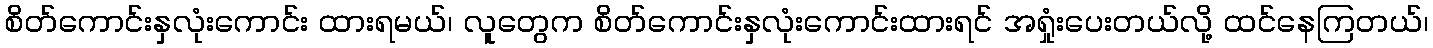
စိတ်ကောင်းနှလုံးကောင်း ထားရမယ်၊ လူတွေက စိတ်ကောင်းနှလုံးကောင်းထားရင် အရှုံးပေးတယ်လို့ ထင်နေကြတယ်၊